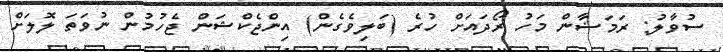
ސުވާލު: ރަމަޟާން މަހު ރޯދައަށް ހުރެ (ބަލިވެގެން) އިންޖެކްޝަން ޖެހުމުން ނުވަތަ ލޮލަށް